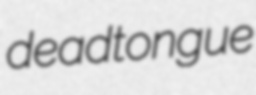
deadtongue